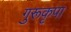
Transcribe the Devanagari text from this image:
गुरूकृपा